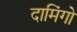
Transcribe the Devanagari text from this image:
दामिंगो